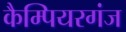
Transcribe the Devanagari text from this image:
कैम्पियरगंज